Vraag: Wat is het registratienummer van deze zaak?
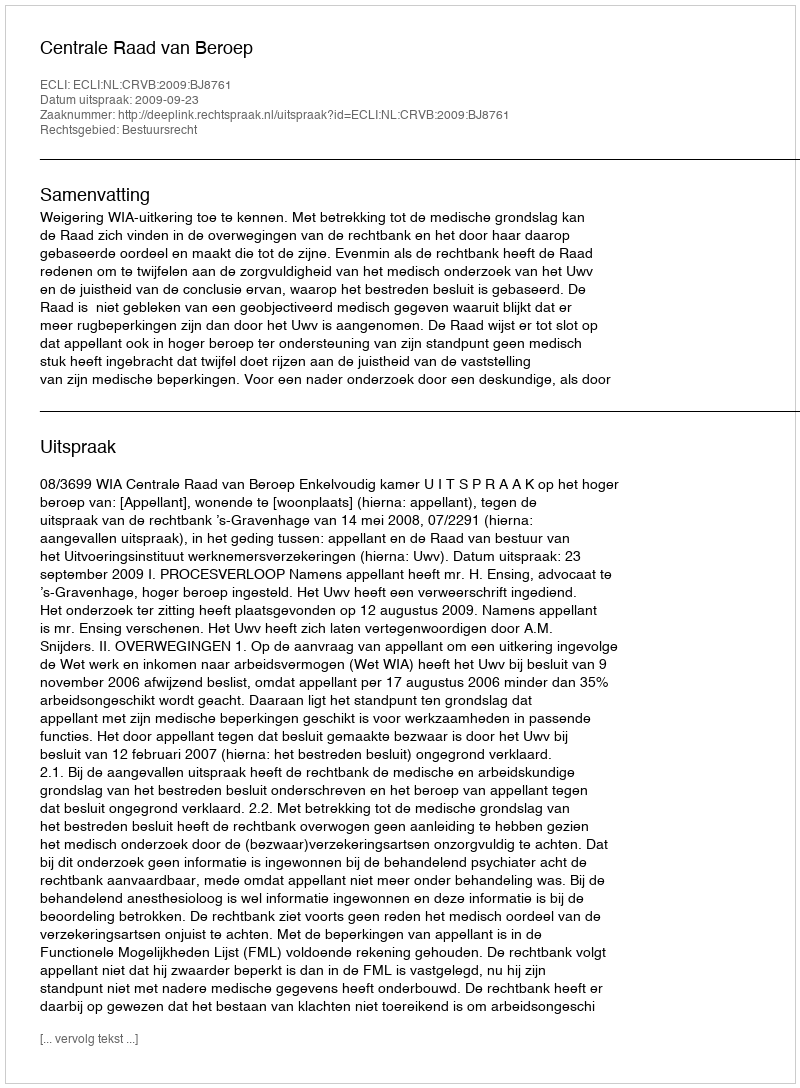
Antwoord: http://deeplink.rechtspraak.nl/uitspraak?id=ECLI:NL:CRVB:2009:BJ8761